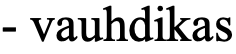
- vauhdikas